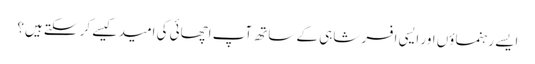
ایسے رہنماؤں اور ایسی افسر شاہی کے ساتھ آپ اچھائی کی امید کیسے کر سکتے ہیں؟